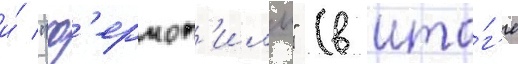
и́ "ф'ермоп'илы" (в ито́г'е